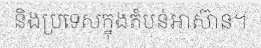
និងប្រទេសក្នុងតំបន់អាស៊ាន។